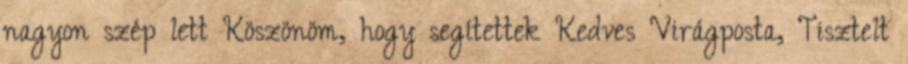
nagyon szép lett Köszönöm, hogy segítettek Kedves Virágposta, Tisztelt